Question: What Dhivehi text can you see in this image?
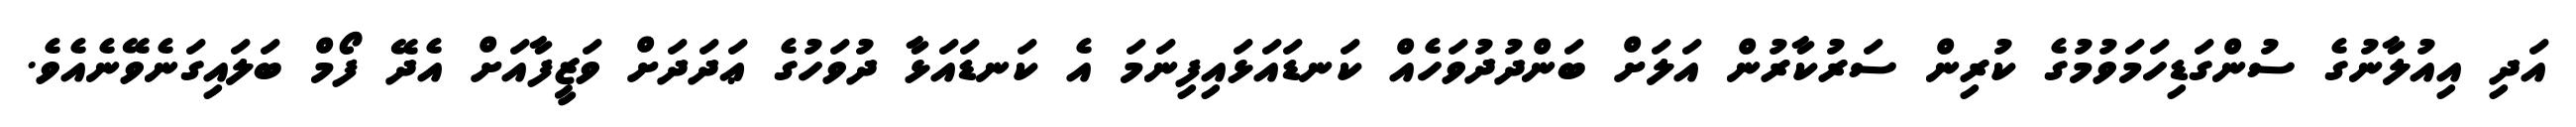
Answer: އަދި އިއުލާނުގެ ސުންގަޑިހަމަވުމުގެ ކުރިން ސަރުކާރުން އަލަށް ބަންދުދުވަހެއް ކަނޑައަޅައިފިނަމަ އެ ކަނޑައަޅާ ދުވަހުގެ ޢަދަދަށް ވަޒީފާއަށް އެދޭ ފޯމް ބަލައިގަނެވޭނެއެވެ.